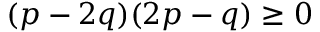
( p - 2 q ) ( 2 p - q ) \geq 0